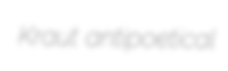
Kraut antipoetical